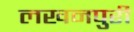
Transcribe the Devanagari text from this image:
लखनपुरी